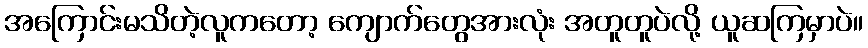
အကြောင်းမသိတဲ့လူကတော့ ကျောက်တွေအားလုံး အတူတူပဲလို့ ယူဆကြမှာပဲ။